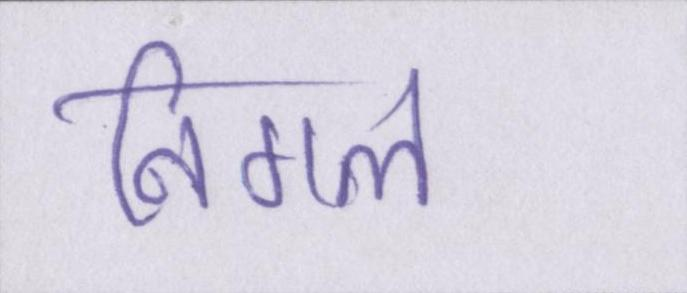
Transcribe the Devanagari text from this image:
निगल